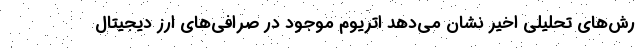
رش‌های تحلیلی اخیر نشان می‌دهد اتریوم موجود در صرافی‌های ارز دیجیتال